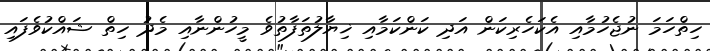
ހިތްހަމަ ނުޖެހުމާއި އެކަހެރިކަން އަދި ކަންކަމާއި ޚިޔާލުތަފާތުވެ މީހުންނާއި މެދު ހިތް ޝައްކުވެފައި